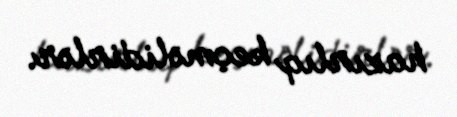
hazırlıq keçməlidirlər.